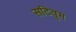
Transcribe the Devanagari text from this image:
सटिवुम